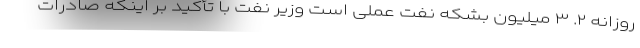
روزانه ۲. ۳ میلیون بشکه نفت عملی است وزیر نفت با تأکید بر اینکه صادرات